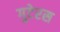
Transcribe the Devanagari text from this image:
गुटेरस